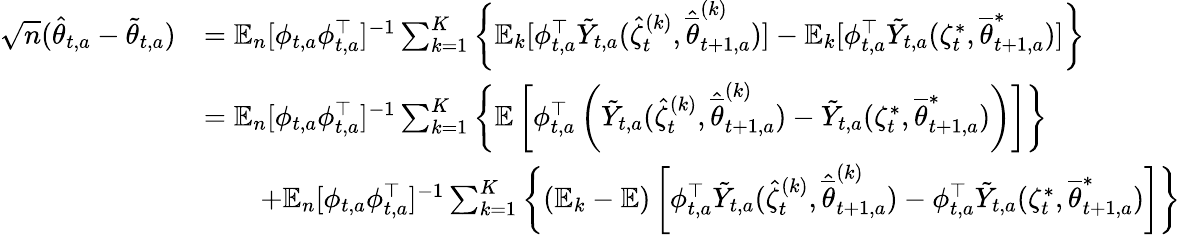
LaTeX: \begin{array}{rl}{\sqrt{n}(\hat{\theta}_{t,a}-\tilde{\theta}_{t,a})}&{=\mathbb E_{n}[\phi_{t,a}\phi_{t,a}^{\top}]^{-1}\sum_{k=1}^{K}\left\{ \mathbb E_{k}[\phi_{t,a}^{\top}\tilde{Y}_{t,a}(\hat{\zeta}_{t}^{(k)},\hat{\overline{{\theta}}}_{t+1,a}^{(k)})]-\mathbb E_{k}[\phi_{t,a}^{\top}\tilde{Y}_{t,a}(\zeta_{t}^{*},{\overline{{\theta}}}_{t+1,a}^{*})]\right\} }\\ &{=\mathbb E_{n}[\phi_{t,a}\phi_{t,a}^{\top}]^{-1}\sum_{k=1}^{K}\left\{ \mathbb E\left[\phi_{t,a}^{\top}\left(\tilde{Y}_{t,a}(\hat{\zeta}_{t}^{(k)},\hat{\overline{{\theta}}}_{t+1,a}^{(k)})-\tilde{Y}_{t,a}(\zeta_{t}^{*},{\overline{{\theta}}}_{t+1,a}^{*})\right)\right]\right\} }\\ &{\qquad+\mathbb E_{n}[\phi_{t,a}\phi_{t,a}^{\top}]^{-1}\sum_{k=1}^{K}\left\{ (\mathbb E_{k}-\mathbb E)\left[\phi_{t,a}^{\top}\tilde{Y}_{t,a}(\hat{\zeta}_{t}^{(k)},\hat{\overline{{\theta}}}_{t+1,a}^{(k)})-\phi_{t,a}^{\top}\tilde{Y}_{t,a}(\zeta_{t}^{*},{\overline{{\theta}}}_{t+1,a}^{*})\right]\right\} }\end{array}